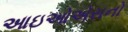
આઇઓએસનો